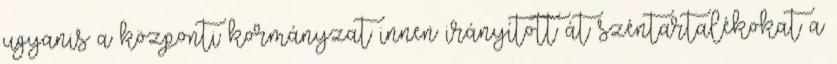
ugyanis a központi kormányzat innen irányított át széntartalékokat a